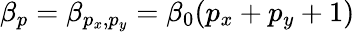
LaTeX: \beta_{p}=\beta_{p_{x},p_{y}}=\beta_{0}(p_{x}+p_{y}+1)